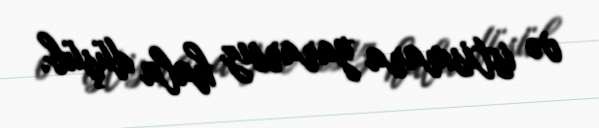
və istismara yararsız hala düşüb.